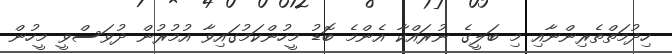
ހިދުމަތްތެރިންނާއި މި ބަލީގެ ނުރައްކާ އެންމެ ބޮޑު މީހުންކަމުގައިވާ އުމުރުން ދުވަސްވީ މީހުން